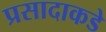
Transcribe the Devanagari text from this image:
प्रसादाकडे